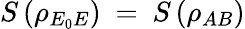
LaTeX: S\left({{\rho}_{{{E}_{0}}E}}\right)\mathrm{~=~}S\left({{\rho}_{AB}}\right)